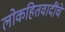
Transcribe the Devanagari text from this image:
लोकहितवादींचे